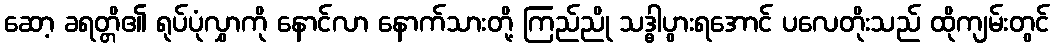
ဆော့ ခရတ္တိ၏ ရုပ်ပုံလွှာကို နောင်လာ နောက်သားတို့ ကြည်ညို သဒ္ဓါပွားရအောင် ပလေတိုးသည် ထိုကျမ်းတွင်